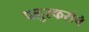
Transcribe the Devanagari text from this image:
पलुस्करांचे